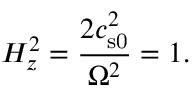
H _ { z } ^ { 2 } = \frac { 2 c _ { \mathrm { s 0 } } ^ { 2 } } { \Omega ^ { 2 } } = 1 .